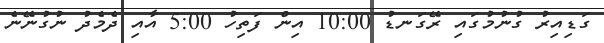
ގަޑިއިރު ގުނުމުގައި ރޭގަނޑު 10:00 އިން ފަތިހު 5:00 އާއި ދެމެދު ނުގުނޭނެ